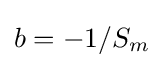
b=-1/S_{m}